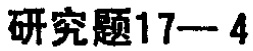
研究题17—4